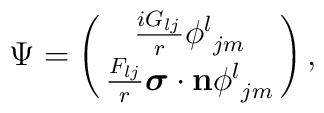
\Psi=\pmatrix{{iG_{lj}\over r}{\phi^l}_{jm}\cr {F_{lj}\over r}{{\mbox{\boldmath $\sigma$}}\cdot{\bf n}}{\phi^l}_{jm}\cr},